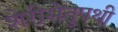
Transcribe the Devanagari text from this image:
शेरीसेतुपथी